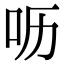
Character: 呖